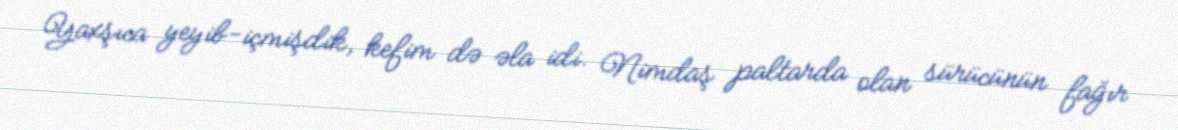
Yaxşıca yeyib-içmişdik, kefim də əla idi. Nimdaş paltarda olan sürücünün fağır